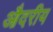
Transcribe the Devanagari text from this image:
औदरीय